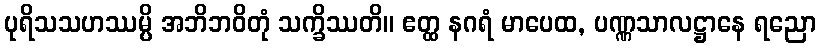
ပုရိသသဟဿမ္ပိ အဘိဘဝိတုံ သက္ခိဿတိ။ ဧတ္ထ နဂရံ မာပေထ, ပဏ္ဏသာလဋ္ဌာနေ ရညော